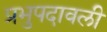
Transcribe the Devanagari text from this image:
प्रभुपदावली